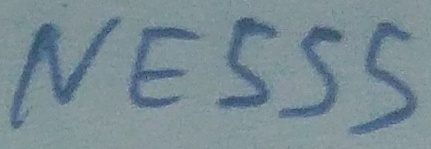
Text: NE555